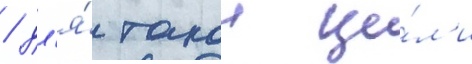
/ дл'я́ такои це́л'и